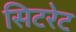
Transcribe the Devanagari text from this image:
सिटरेट